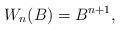
LaTeX: \begin{align*} W_n(B)=B^{n+1}, \end{align*}